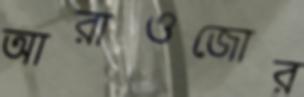
আরাওজোর